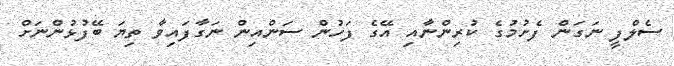
ސެލްފީ ނަގަން ފެށުމުގެ ކުރިންނާއި އޭގެ ފަހުން ސަންއިން ނަގާފައިވާ ތިޔަ ބޭފުޅުންނަށް